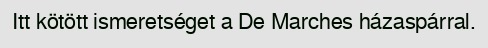
Itt kötött ismeretséget a De Marches házaspárral.